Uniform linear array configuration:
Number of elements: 48
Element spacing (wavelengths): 1
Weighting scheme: uniform
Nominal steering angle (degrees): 0
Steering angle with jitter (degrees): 1.662
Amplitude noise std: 0.05
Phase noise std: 0.05

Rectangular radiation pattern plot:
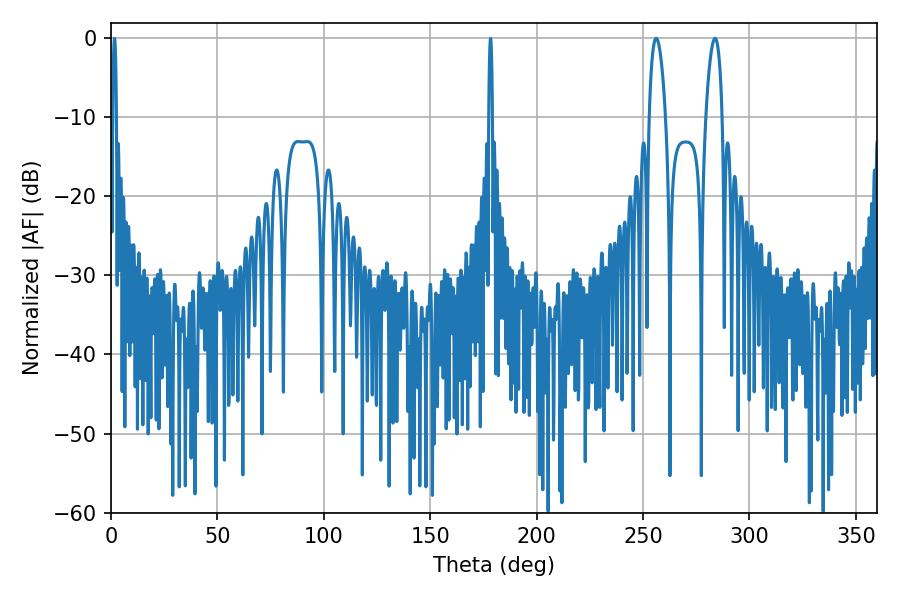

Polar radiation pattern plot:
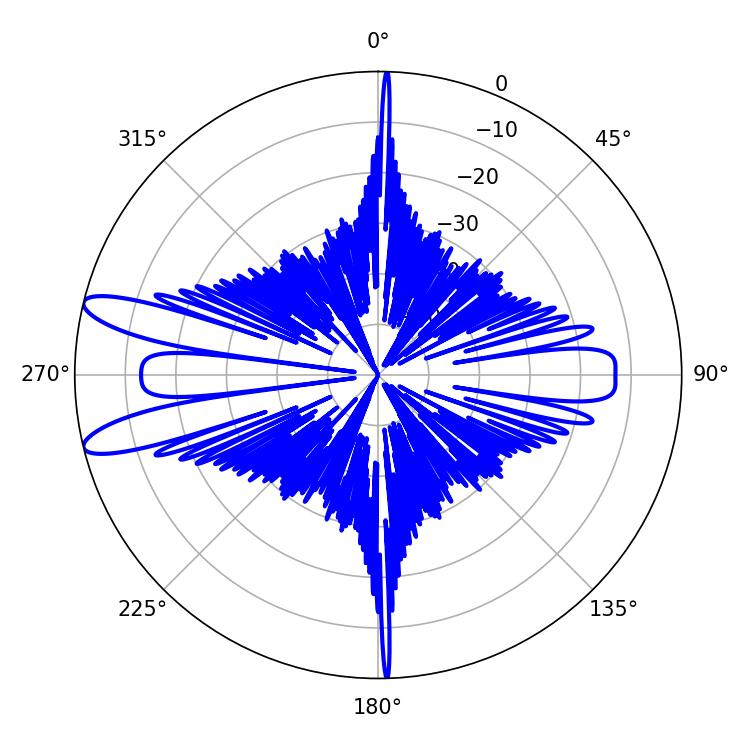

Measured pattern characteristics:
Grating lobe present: TRUE
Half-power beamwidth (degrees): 4.32
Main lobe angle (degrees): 256.14